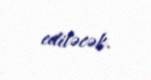
ediləcək.